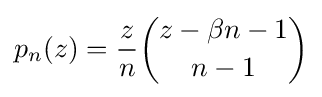
p_{n}(z)={\frac {z}{n}}{{z-\beta n-1} \choose {n-1}}